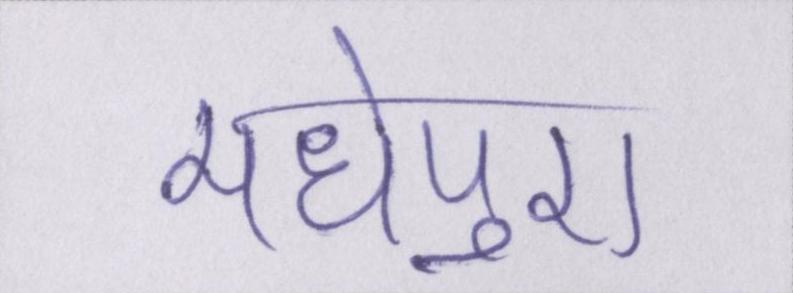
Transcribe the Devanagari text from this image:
मधेपुरा